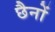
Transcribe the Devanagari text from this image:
छैनों